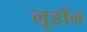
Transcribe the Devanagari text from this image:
लूडॉन